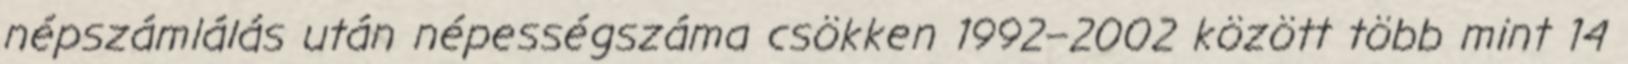
népszámlálás után népességszáma csökken 1992–2002 között több mint 14